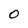
Character: O